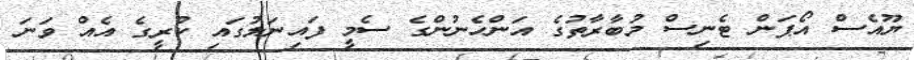
ޔޫއެސް އޯޕަން ޓެނިސް މުބާރާތުގެ އަންހެނުންގެ ސެމީ ފައިނަލުގައި ކުރީގެ އެއް ވަނަ